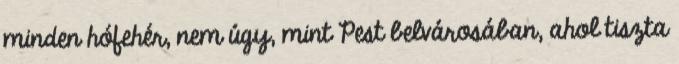
minden hófehér, nem úgy, mint Pest belvárosában, ahol tiszta